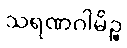
သရဏဂါမိဉ္စ